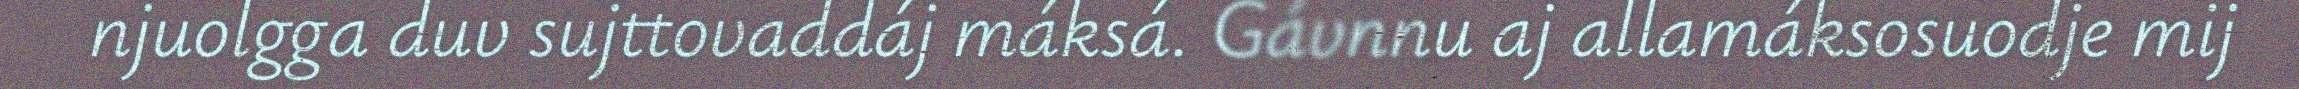
njuolgga duv sujttovaddáj máksá. Gávnnu aj allamáksosuodje mij